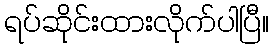
ရပ်ဆိုင်းထားလိုက်ပါပြီ။